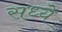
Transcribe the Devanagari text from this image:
सध्ये